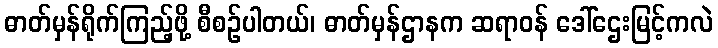
ဓာတ်မှန်ရိုက်ကြည့်ဖို့ စီစဉ်ပါတယ်၊ ဓာတ်မှန်ဌာနက ဆရာဝန် ဒေါ်ဌေးမြင့်ကလဲ